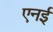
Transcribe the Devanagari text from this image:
एनई